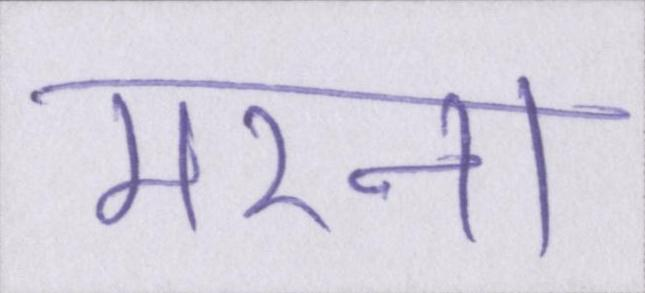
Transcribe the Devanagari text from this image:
मरना